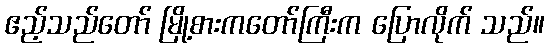
ဧည့်သည်တော် မြို့စားကတော်ကြီးက ပြောလိုက် သည်။